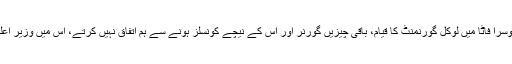
ایک یہ کہ انضمام ہو اور دوسرا فاٹا میں لوکل گورنمنٹ کا قیام، باقی چیزیں گورنر اور اس کے نیچے کونسلز ہونے سے ہم اتفاق نہیں کرتے، اس میں وزیرِ اعلیٰ کا کوئی نام ہی نہیں ہے۔